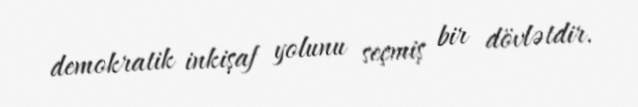
demokratik inkişaf yolunu seçmiş bir dövlətdir.